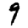
Digit: 9